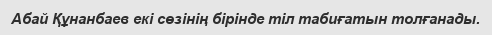
Абай Құнанбаев екі сөзінің бірінде тіл табиғатын толғанады.